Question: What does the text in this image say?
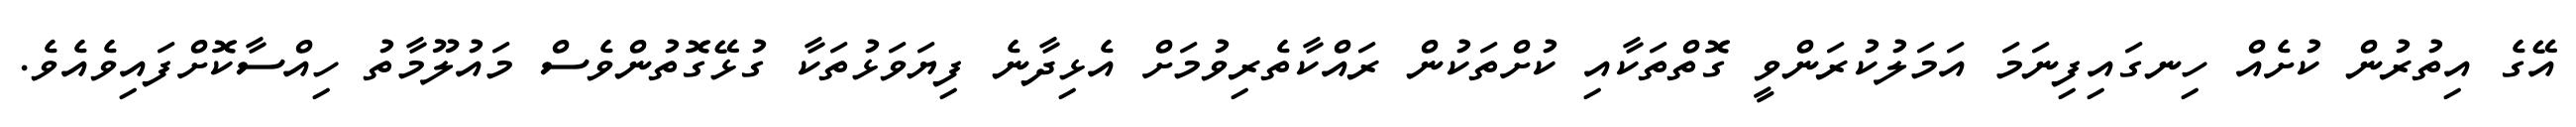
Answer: އޭގެ އިތުރުން ކުށެއް ހިނގައިފިނަމަ އަމަލުކުރަންވީ ގޮތްތަކާއި ކުށްތަކުން ރައްކާތެރިވުމަށް އެޅިދާނެ ފިޔަވަޅުތަކާ ގުޅޭގޮތުންވެސް މައުލޫމާތު ހިއްސާކޮށްފައިވެއެވެ.